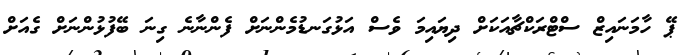
ޕޭ ހާމަނައިޒް ސްޓްރަކްޗާއަކަށް ދިޔައިމަ ވެސް އަޅުގަނޑުމެންނަށް ފެންނާނެ ގިނަ ބޭފުޅުންނަށް ގެއަށް